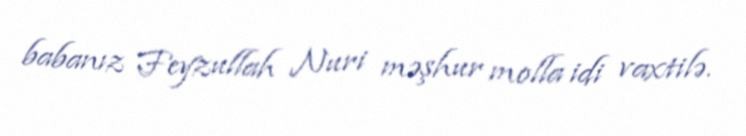
babanız Feyzullah Nuri məşhur molla idi vaxtilə.